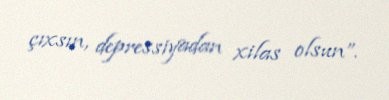
çıxsın, depressiyadan xilas olsun”.